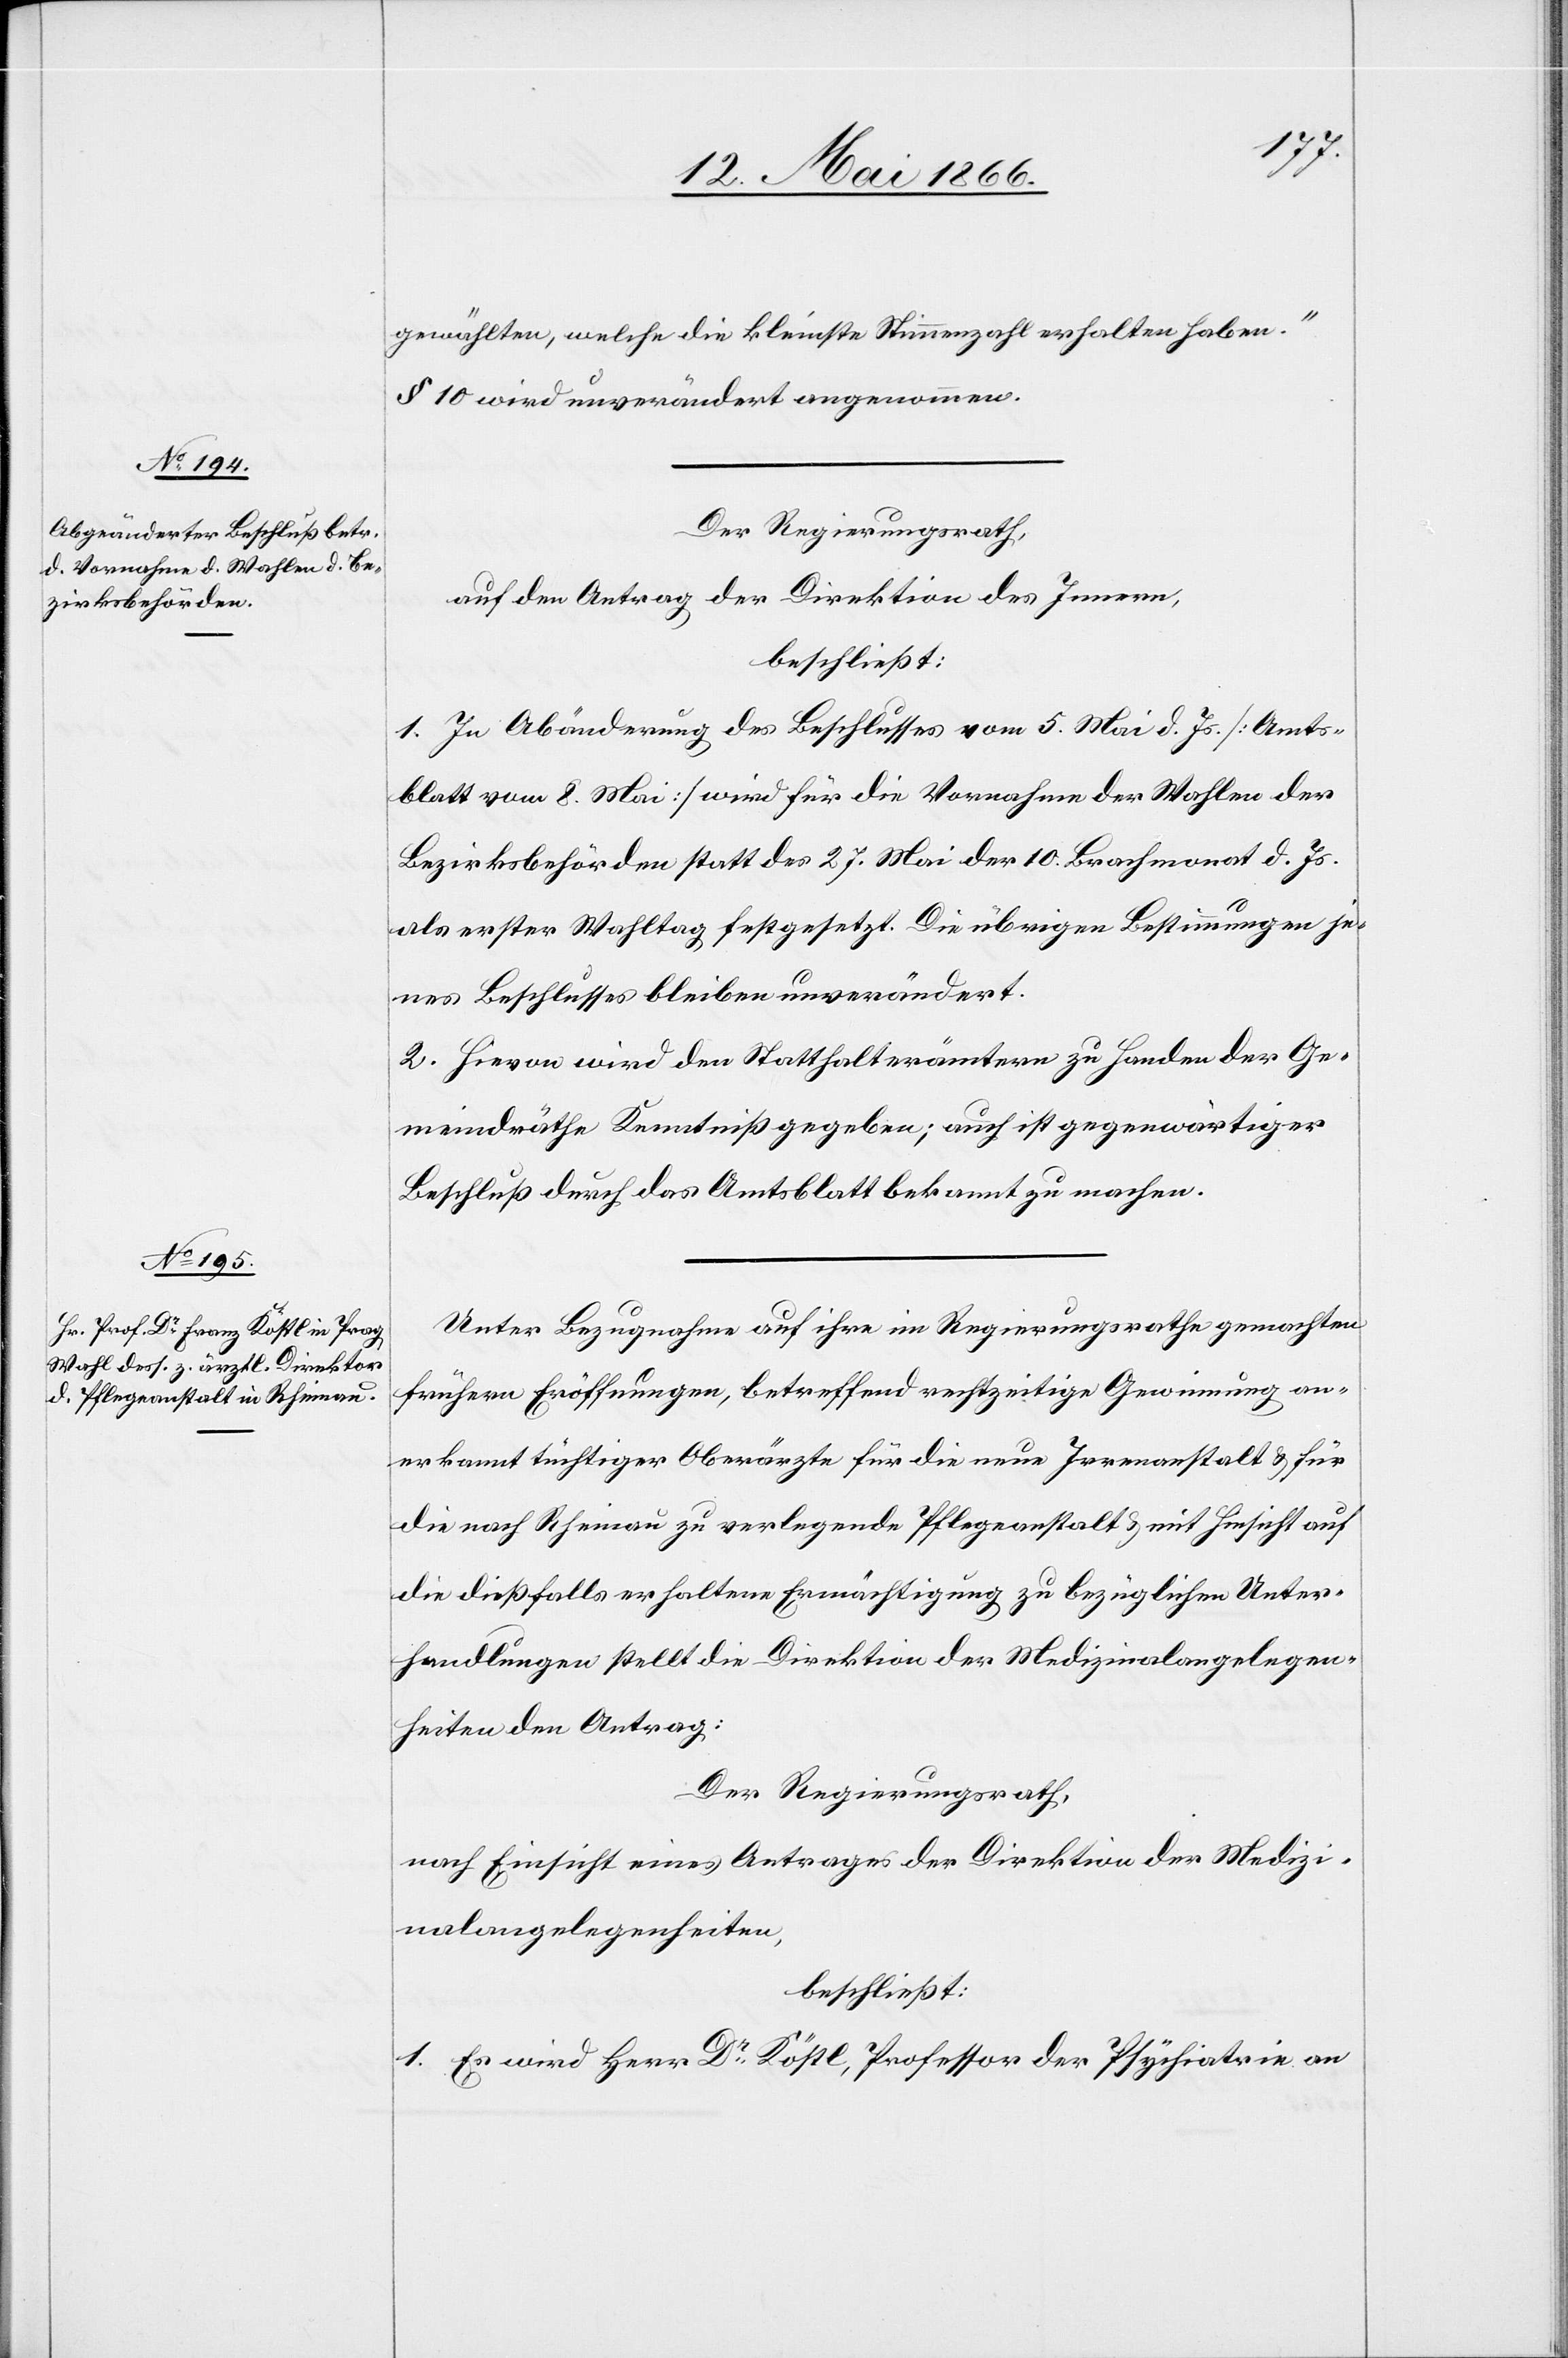
gewählten, welche die kleinste Stimmzahl erhalten haben.“
§ 10 wird unverändert angenommen.
Der Regierungsrath,
auf den Antrag der Direktion des Innern,
beschließt:
1. In Abänderung des Beschlusses vom 5. Mai d. Js. [Amts¬
blatt vom 8. Mai] wird für die Vornahme der Wahlen der
Bezirksbehörden statt des 27. Mai der 10. Brachmonat d. Js.
als erster Wahltag festgesetzt. Die übrigen Bestimmungen je¬
nes Beschlusses bleiben unverändert.
2. Hievon wird den Statthalterämtern zu Handen der Ge¬
meindräthe Kenntniß gegeben; auch ist gegenwärtiger
Beschluß durch das Amtsblatt bekannt zu machen.
Unter Bezugnahme auf ihre im Regierungsrathe gemachten
frühern Eröffnungen, betreffend rechtzeitiger Gewinnung an¬
erkannt tüchtiger Oberärzte für die neue Irrenanstalt u. für
die nach Rheinau zu verlegende Pflegeanstalt u. mit Hinsicht auf
die dießfalls erhaltene Ermächtigung zu bezüglichen Unter¬
handlungen stellt die Direktion der Medizinalangelegen¬
heiten den Antrag:
Der Regierungsrath,
nach Einsicht eines Antrages der Direktion der Medizi¬
nalangelegenheiten,
beschließt:
1. Es wird Herr Dr. Köstl, Professor der Psychiatrie an